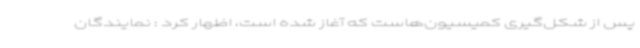
پس از شکل‌گیری کمیسیون‌هاست که آغاز شده است، اظهار کرد : نمایندگان